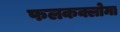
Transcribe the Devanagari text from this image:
फलकक्लोमा